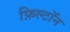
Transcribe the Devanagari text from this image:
फ़िल्टॉन